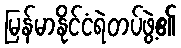
မြန်မာနိုင်ငံရဲတပ်ဖွဲ့၏